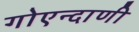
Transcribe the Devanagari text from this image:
गोएन्दाणी